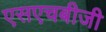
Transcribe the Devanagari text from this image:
एसएचबीजी